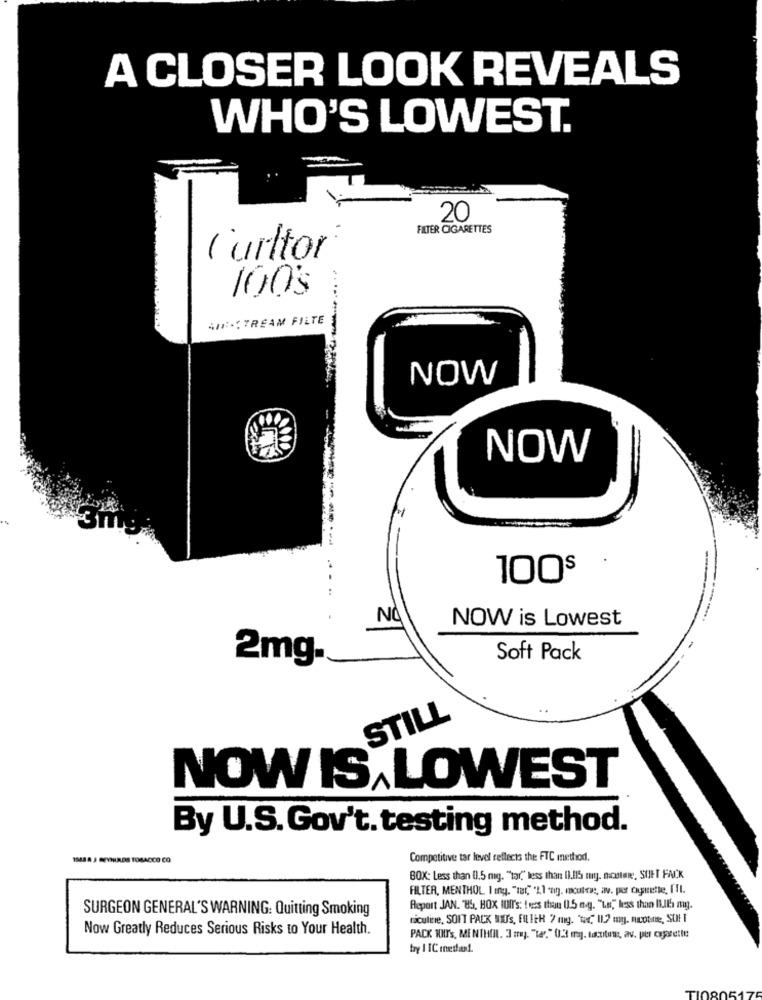
A CLOSER LOOK REVEALS
WHO'S LOWEST.
20
FILTER CIGARETTES
Curltor
1003
SINSTREAM FILTE
NOW
NO
-
100$
NOW is Lowest
2mg.
Soft Pack
STILL
NOW IS, LOWEST
By U.S.Gov't. testing method.
1MESAJ MEYNIRDS TOBACCO CO
Competitive tar level reflects the FTC method.
BOX: Less than (1.5 mg. "tar," less than I).Il5 mig. montare, SUHT FACK
FILTER, MENTHOL I Ing. "18," 'Ll -ag). Icutnie, av. per cuicette, I'll.
SURGEON GENERAL'S WARNING: Quitting Smoking
Report JAN. "85, BOX II's: less than 0.5 mg. "La," less than filth my.
niculine, SOIT PACK WIT'S, FILTER 7 mg. U. I12 my. nicotine, SUI
Now Greatly Reduces Serious Risks to Your Health.
PACK WHY'S, MENTHEIL. 3 zy. "ter," 0.3 mg. tactwe, av. per esjarettet
try I IC mestar !.